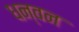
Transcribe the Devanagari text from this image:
धन्वन